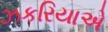
ઝકરિયાએ